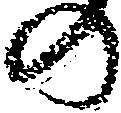
の